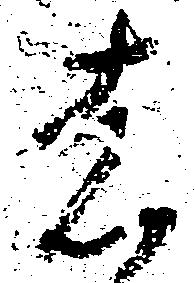
者